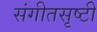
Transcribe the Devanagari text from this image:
संगीतसृष्टी